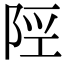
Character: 𨹢